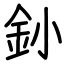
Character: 釥